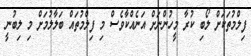
ފިލްމުތަކަށް ލޯބި ކުރާ މީހުންނަށް އަނެއްކާވެސް މި ފިލްމުތައް ބަލާލުމަށް މި ލިބުނީ